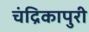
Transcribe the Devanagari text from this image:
चंद्रिकापुरी